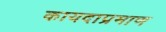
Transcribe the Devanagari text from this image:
कायदाप्रमाण